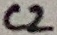
Text: C2